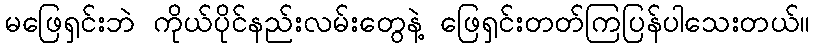
မဖြေရှင်းဘဲ ကိုယ်ပိုင်နည်းလမ်းတွေနဲ့ ဖြေရှင်းတတ်ကြပြန်ပါသေးတယ်။